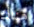
هناك